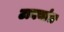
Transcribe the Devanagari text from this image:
टाक्यांत